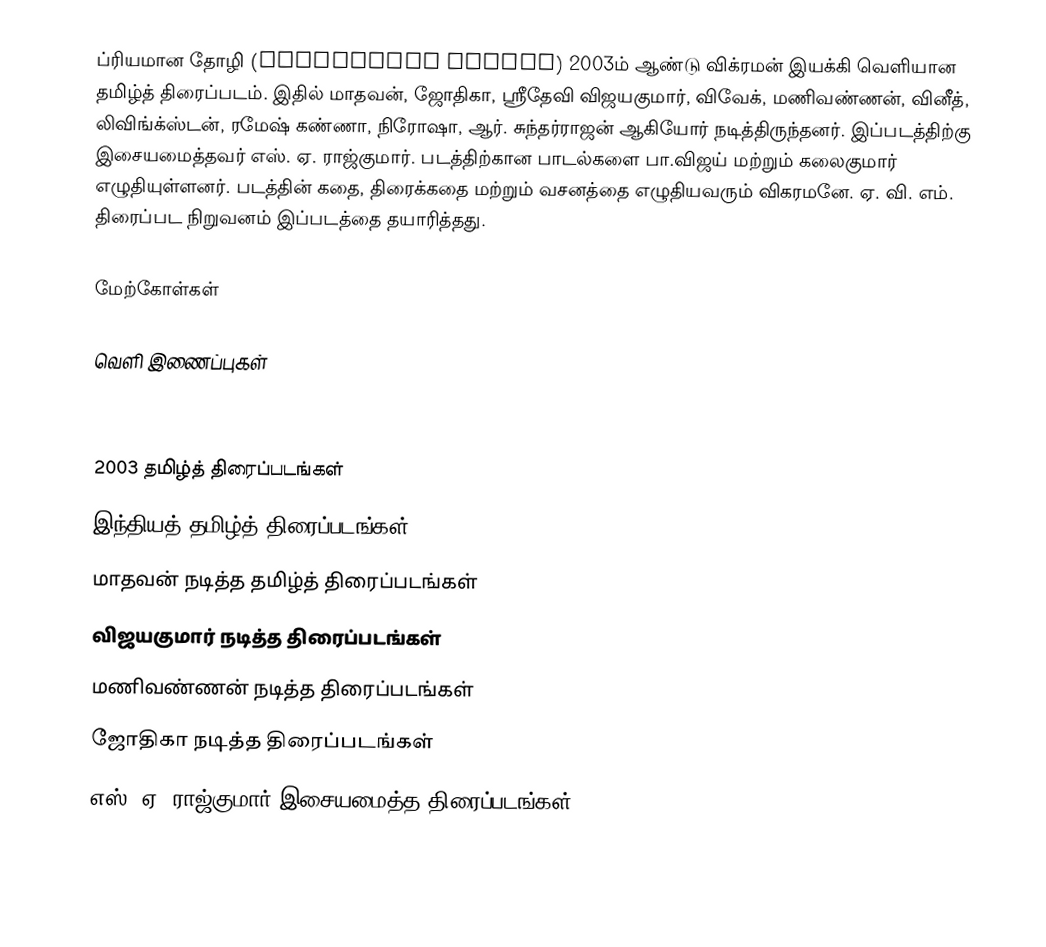
ப்ரியமான தோழி (Priyamaana Thozhi) 2003ம் ஆண்டு விக்ரமன் இயக்கி வெளியான தமிழ்த் திரைப்படம். இதில் மாதவன், ஜோதிகா, ஸ்ரீதேவி விஜயகுமார், விவேக், மணிவண்ணன், வினீத், லிவிங்க்ஸ்டன், ரமேஷ் கண்ணா, நிரோஷா, ஆர். சுந்தர்ராஜன் ஆகியோர் நடித்திருந்தனர். இப்படத்திற்கு இசையமைத்தவர் எஸ். ஏ. ராஜ்குமார். படத்திற்கான பாடல்களை பா.விஜய் மற்றும் கலைகுமார் எழுதியுள்ளனர். படத்தின் கதை, திரைக்கதை மற்றும் வசனத்தை எழுதியவரும் விகரமனே. ஏ. வி. எம். திரைப்பட நிறுவனம் இப்படத்தை தயாரித்தது.

மேற்கோள்கள்

வெளி இணைப்புகள்

2003 தமிழ்த் திரைப்படங்கள்
இந்தியத் தமிழ்த் திரைப்படங்கள்
மாதவன் நடித்த தமிழ்த் திரைப்படங்கள்
விஜயகுமார் நடித்த திரைப்படங்கள்
மணிவண்ணன் நடித்த திரைப்படங்கள்
ஜோதிகா நடித்த திரைப்படங்கள்
எஸ். ஏ. ராஜ்குமார் இசையமைத்த திரைப்படங்கள்